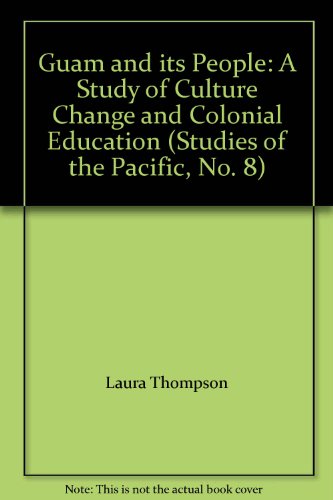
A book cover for Guam and its People: A Study of Culture Change and Colonial Education (Studies of the Pacific, No. 8); Laura Thompson; Travel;